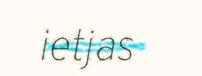
ietjas